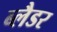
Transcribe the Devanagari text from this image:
ब्‍लैडर